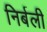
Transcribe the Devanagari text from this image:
निर्बली